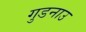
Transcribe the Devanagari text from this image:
गुडनाउ